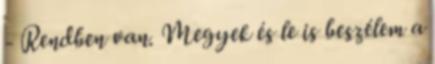
- Rendben van. Megyek és le is beszélem a